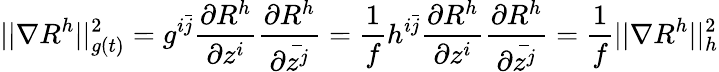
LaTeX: ||\nabla R^{h}||_{g(t)}^{2}=g^{i\bar{j}}\frac{\partial R^{h}}{\partial z^{i}}\frac{\partial R^{h}}{\partial\bar{z^{j}}}=\frac{1}{f}h^{i\bar{j}}\frac{\partial R^{h}}{\partial z^{i}}\frac{\partial R^{h}}{\partial\bar{z^{j}}}=\frac{1}{f}||\nabla R^{h}||_{h}^{2}